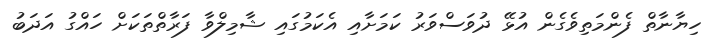
ހިޔާނާތް ފެންމަތިވެގެން އުޅޭ ދުވަސްވަރު ކަމަށާއި އެކަމުގައި ޝާމިލްވާ ފަރާތްތަކަށް ހައްގު އަދަބު